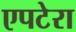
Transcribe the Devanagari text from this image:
एपटेरा